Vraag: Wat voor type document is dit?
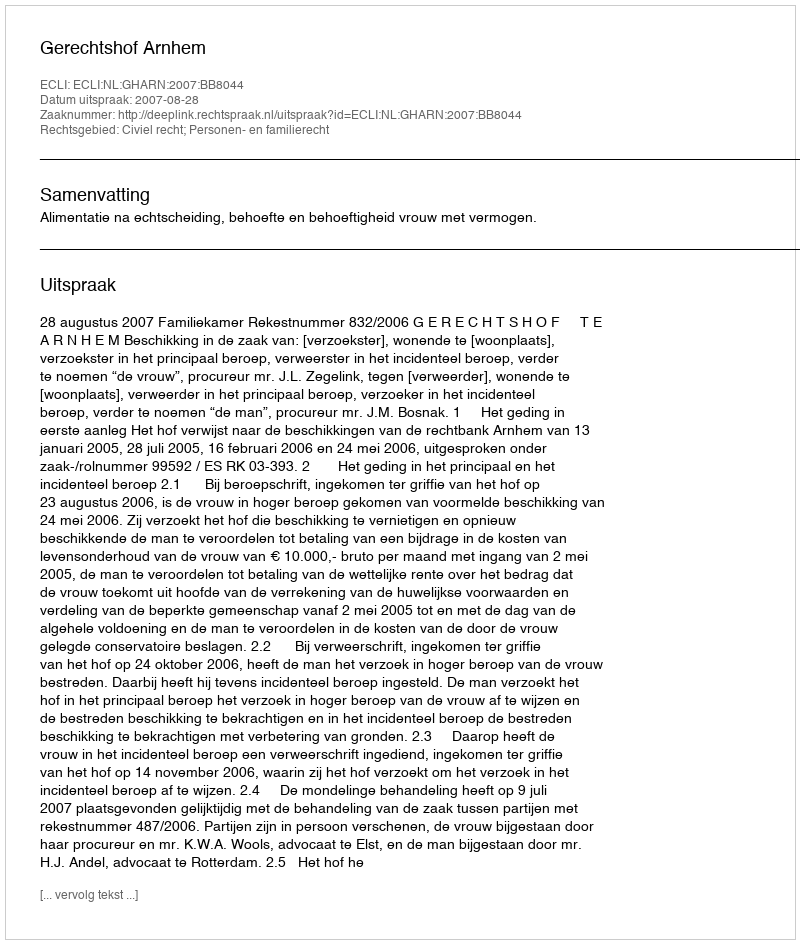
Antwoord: Uitspraak